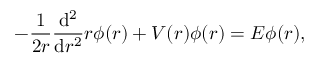
- \frac { 1 } { 2 r } \frac { \mathrm { d } ^ { 2 } } { \mathrm { d } r ^ { 2 } } r \phi ( r ) + V ( r ) \phi ( r ) = E \phi ( r ) ,